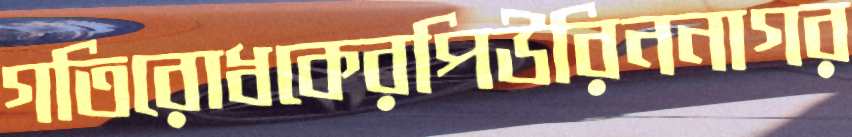
গতিরোধকেরপিউরিননাগর